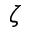
\zeta